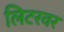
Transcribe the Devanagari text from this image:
लिटरवर